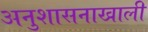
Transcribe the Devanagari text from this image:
अनुशासनाखाली